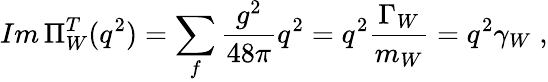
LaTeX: Im\, \Pi_{W}^{T}(q^{2})=\sum_{f}{\frac{g^{2}}{48\pi}}q^{2}=q^{2}{\frac{\Gamma_{W}}{m_{W}}}=q^{2}\gamma_{W}\; ,